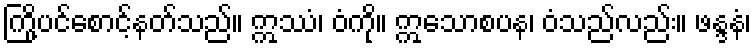
ကြို့ပင်စောင့်နတ်သည်။ ဣဿံ၊ ဝံကို။ ဣသောစပန၊ ဝံသည်လည်း။ ဖန္ဒနံ၊